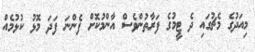
މިއަދުގެ މެޗުގައި ދެ ޓީމުގެ ފަރާތުންވެސް އާންމުކޮށް ފެންނަ ފަދަ މޮޅު ކުޅުމެއް